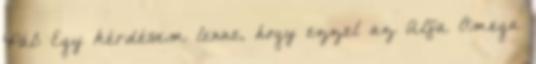
Pál: Egy kérdésem lenne, hogy ezzel az Alfa Omega